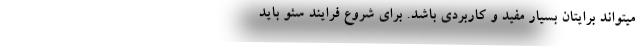
میتواند برایتان بسیار مفید و کاربردی باشد. برای شروع فرایند سئو باید